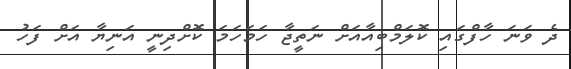
ދެ ވަނަ ހާފްގައި ކޮލަމްބިއާއަށް ނަތީޖާ ހަމަހަމަ ކޮށްދިނީ އަނިޔާ އަށް ފަހު